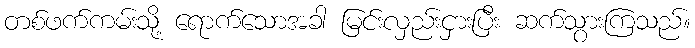
တစ်ဖက်ကမ်းသို့ ရောက်သောအခါ မြင်းလှည်းငှားပြီး ဆက်သွားကြသည်။